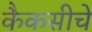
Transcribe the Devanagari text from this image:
कैकसीचे